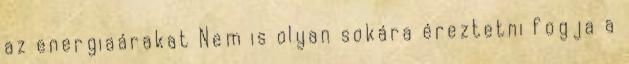
az energiaárakat Nem is olyan sokára éreztetni fogja a